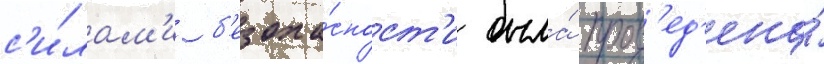
с'и́лам'и б'езопа́сност'и была́ пров'ед'ена́